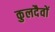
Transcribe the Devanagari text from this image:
कुलदैवों